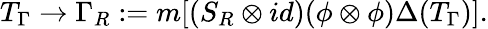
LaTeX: T_{\Gamma}\to\Gamma_{R}:=m[(S_{R}\otimes id)(\phi\otimes\phi)\Delta(T_{\Gamma})].